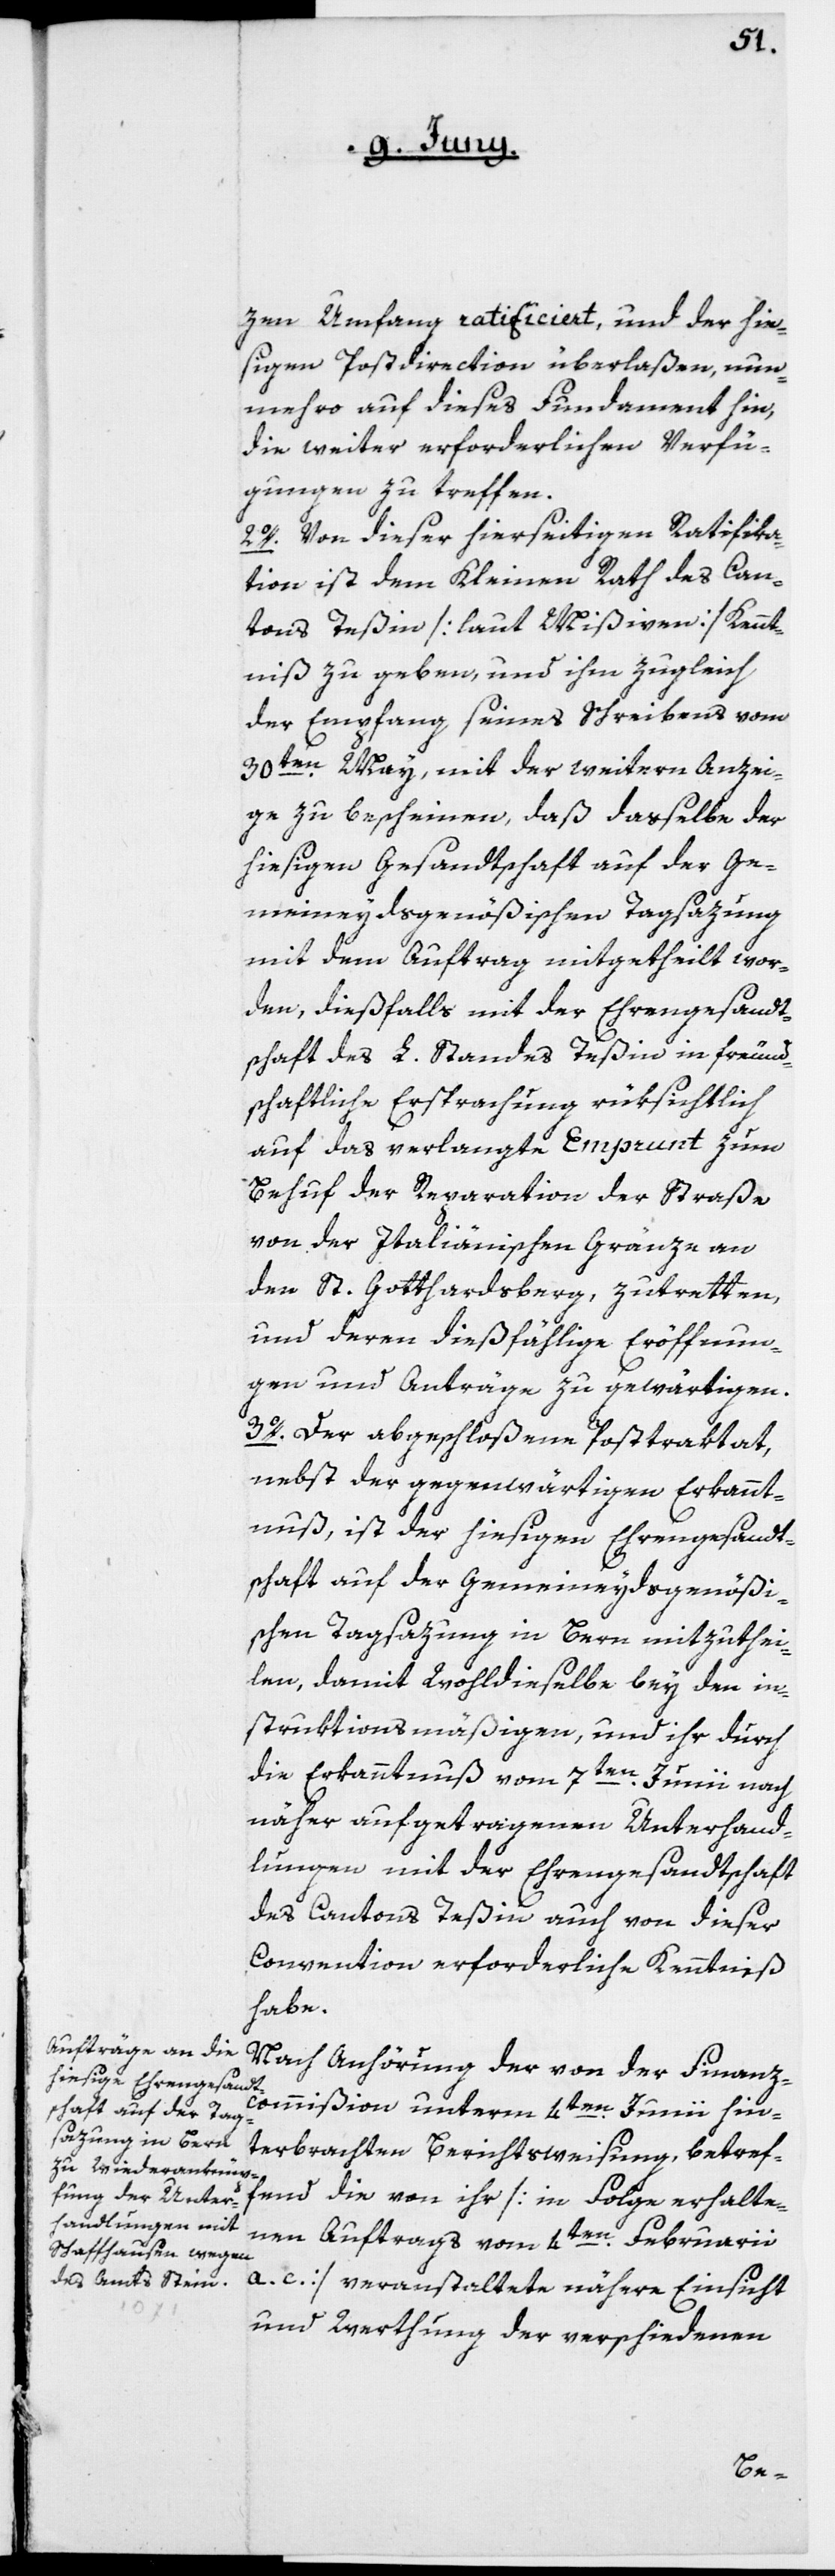
zen Umfang ratificiert, und der hie¬
sigen Postdirection überlaßen, nun¬
mehro auf dieses Fundament hin,
die weiter erforderlichen Verfü¬
gungen zu treffen.
2o. Von dieser hierseitigen Ratifika¬
tion ist dem Kleinen Rath des Can¬
tons Teßin [laut Mißiven] Kennt¬
niß zu geben, und ihm zugleich
der Empfang seines Schreibens vom
30ten May, mit der weitern Anzei¬
ge zu bescheinen, daß dasselbe der
hiesigen Gesandtschaft auf der Ge¬
meineydsgenößischen Tagsazung
mit dem Auftrag mitgetheilt wor¬
den, dießfalls mit der Ehrengesandt¬
schaft des L. Standes Teßin in freund¬
schaftliche Ersprachung rüksichtlich
auf das verlangte Emprunt zum
Behuf der Reparation der Straße
von der intaliänischen Gränze an
den St. Gotthardsberg, zutretten,
und deren dießfählige Eröffnun¬
gen und Anträge zu gewärtigen.
3o. Der abgeschloßene Posttraktat,
nebst der gegenwärtigen Erkannt¬
nuß, ist der hiesigen Ehrengesandt¬
schaft auf der Gemeineydsgenößi¬
schen Tagsazung in Bern mitzuthei¬
len, damit Wohldieselbe bey den in¬
struktionsmäßigen, und ihr durch
die Erkanntnuß vom 7ten Junii nach
näher aufgetragenen Unterhand¬
lungen mit der Ehrengesandtschaft
des Cantons Teßin auch von dieser
Convention erforderliche Kenntniß
habe.
Nach Anhörung der von der Finanz¬
commißion unterm 4ten Junii hint¬
erbrachten Berichtsweisung, betref¬
fend die von ihr [in Folge erhalte¬
nen Auftrags vom 4ten Februarii
a. c.] veranstaltete nähere Einsicht
und Werthung der verschiedenen